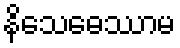
နိသေဓေဿာမ